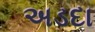
અડદા